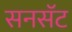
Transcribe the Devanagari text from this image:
सनसॅट